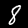
Label: 8